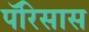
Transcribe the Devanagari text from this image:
पॅरिसास